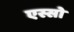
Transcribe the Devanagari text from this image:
एस्सो